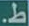
ط.